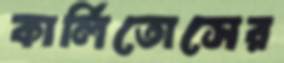
কার্লিতোসের